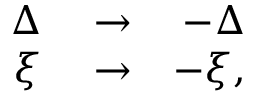
\begin{array} { r l r } { \Delta } & { { } \rightarrow } & { - \Delta } \\ { \xi } & { { } \rightarrow } & { - \xi , } \end{array}